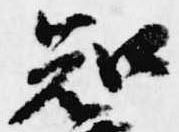
知